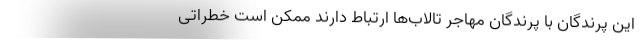
این پرندگان با پرندگان مهاجر تالاب‌ها ارتباط دارند ممکن است خطراتی